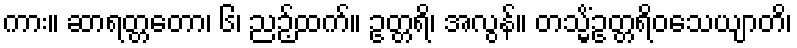
ကား။ ဆာရတ္တတော၊ ၆၊ ညဉ့်ထက်။ ဥတ္တရိ၊ အလွန်။ တသ္မိံဥတ္တရိဝသေယျာတိ၊